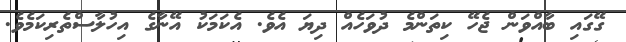
ގޭގައި ބާއްވަން ޖެހޭ ކިތަންމެ ދުވަހެއް ދިޔަ އެވެ. އެކަމަކު އޭނާގެ އިހުލާސްތެރިކަމެވެ.